Indian journal of veterinary science and animal husbandry - Volume 11,
Year: 1941
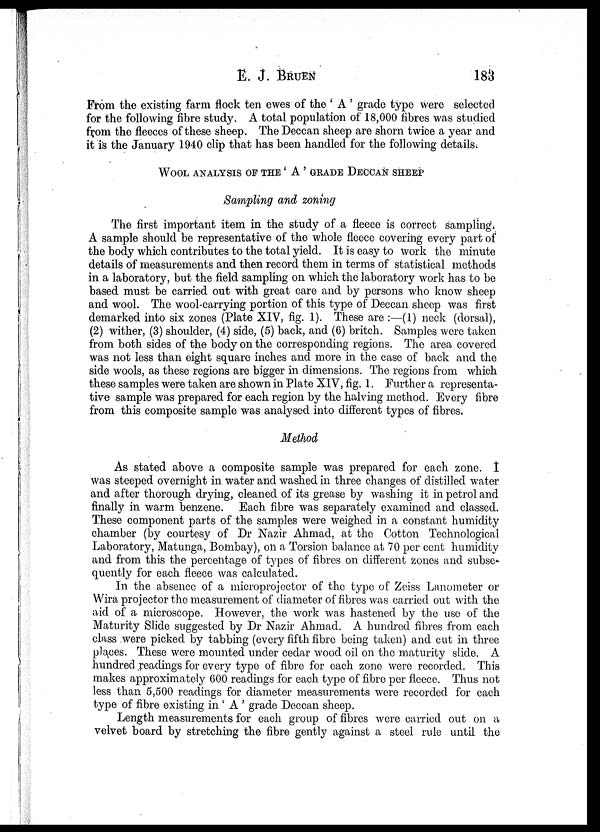
E. J. BRUEN 183
From the existing farm flock ten ewes of the ' A ' grade type were selected
for the following fibre study. A total population of 18,000 fibres was studied
from the fleeces of these sheep. The Deccan sheep are shorn twice a year and
it is the January 1940 clip that has been handled for the following details.
WOOL ANALYSIS OF THE ' A' GRADE DECCAN SHEEP
Sampling and zoning
The first important item in the study of a fleece is correct sampling.
A sample should be representative of the whole fleece covering every part of
the body which contributes to the total yield. It is easy to work the minute
details of measurements and then record them in terms of statistical methods
in a laboratory, but the field sampling on which the laboratory work has to be
based must be carried out with great care and by persons who know sheep
and wool. The wool-carrying portion of this type of Deccan sheep was first
demarked into six zones (Plate XIV, fig. 1). These are :—(1) neck (dorsal),
(2) wither, (3) shoulder, (4) side, (5) back, and (6) britch. Samples were taken
from both sides of the body on the corresponding regions. The area covered
was not less than eight square inches and more in the case of back and the
side wools, as these regions are bigger in dimensions. The regions from which
these samples were taken are shown in Plate XIV, fig. 1. Further a representa-
tive sample was prepared for each region by the halving method. Every fibre
from this composite sample was analysed into different types of fibres.
Method
As stated above a composite sample was prepared for each zone. I
was steeped overnight in water and washed in three changes of distilled water
and after thorough drying, cleaned of its grease by washing it in petrol and
finally in warm benzene. Each fibre was separately examined and classed.
These component parts of the samples were weighed in a constant humidity
chamber (by courtesy of Dr Nazir Ahmad, at the Cotton Technological
Laboratory, Matunga, Bombay), on a Torsion balance at 70 per cent humidity
and from this the percentage of types of fibres on different zones and subse-
quently for each fleece was calculated.
In the absence of a microprojector of the type of Zeiss Lanometer or
Wira projector the measurement of diameter of fibres was carried out with the
aid of a microscope. However, the work was hastened by the use of the
Maturity Slide suggested by Dr Nazir Ahmad. A hundred fibres from each
class were picked by tabbing (every fifth fibre being taken) and cut in three
places. These were mounted under cedar wood oil on the maturity slide. A
hundred readings for every type of fibre for each zone were recorded. This
makes approximately 600 readings for each type of fibre per fleece. Thus not
less than 5,500 readings for diameter measurements were recorded for each
type of fibre existing in ' A ' grade Deccan sheep.
Length measurements for each group of fibres were carried out on a
velvet board by stretching the fibre gently against a steel rule until the